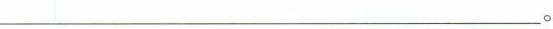
___。